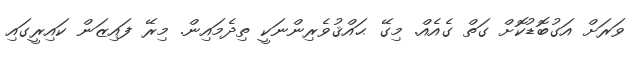
ވަރަށް އަގުބޮޑުކޮށް ގަތް ގެއެއް. މިގޭ ޙައްޤުވެރިންނަކީ ތިދެމައިން. މިރޭ ފައިޒަން ކައިރީގައި